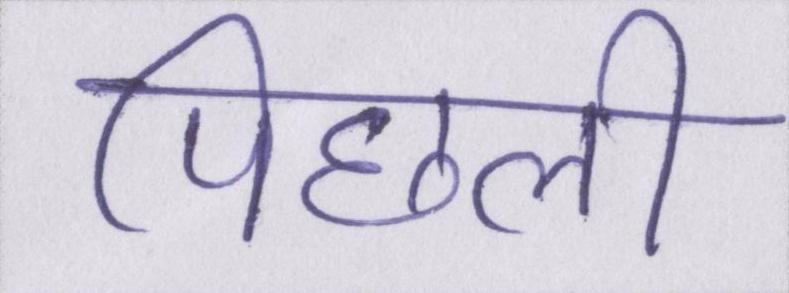
पिछली